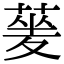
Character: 蓌